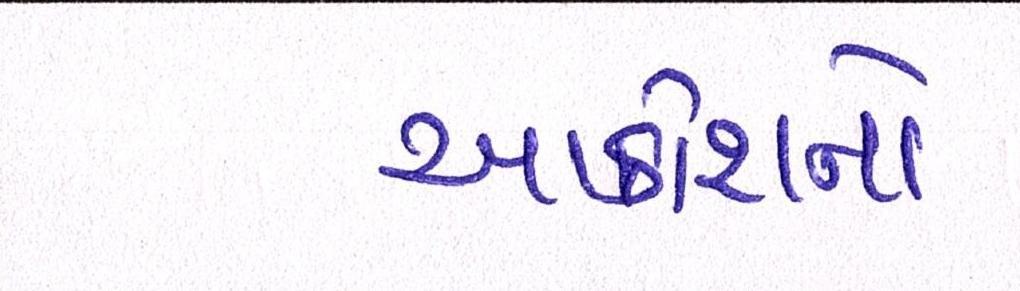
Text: આક્રોશનો